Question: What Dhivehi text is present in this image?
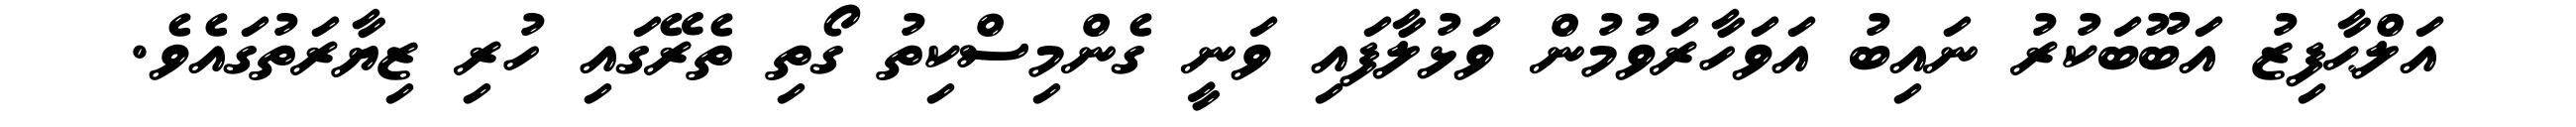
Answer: އަލްޙާފިޒު އަބޫބަކުރު ނައިބު އަވަހާރަވުމުން ވަޅުލާފައި ވަނީ ގެންމިސްކިތު ގޯތި ތެރޭގައި ހުރި ޒިޔާރަތުގައެވެ.